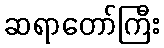
ဆရာတော်ကြီး